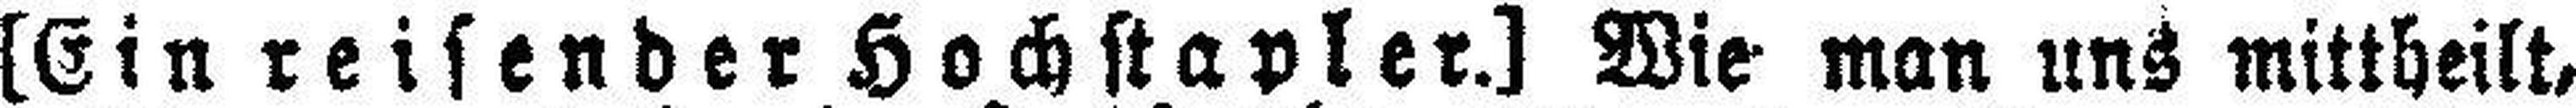
[Ein reisender Hochstapler.] Wie man uns mittheilt,